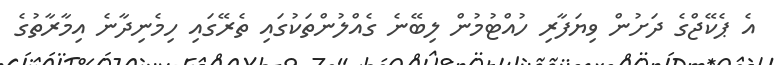
އެ ޕެކޭޖްގެ ދަށުން ވިޔަފާރި ހުއްޓުމުން ލިބޭނެ ގެއްލުންތަކުގައި ތެރޭގައި ހިމެނިދާނެ އިމާރާތުގެ